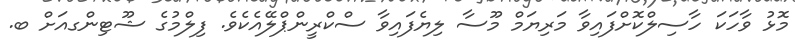
މޮޅު ވާހަކަ ހާސިލްކޮށްފައިވާ މަރިޔަމް މޫސާ ލިޔެފައިވާ ސްކްރީންޕްލޭއެކެވެ. ފިލްމުގެ ޝޫޓިންގއަށް ބ.